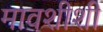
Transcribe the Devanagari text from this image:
मावशीशी